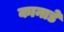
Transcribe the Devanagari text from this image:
कानाडे